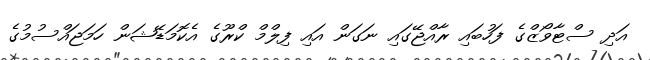
އަދި ސްޓާވޯޒްގެ ފަހުބައި ރާއްޖޭގައި ނަގަން އައި ފިލްމް ކްރޫގެ އެކޮމަޑޭޝަން ހަމަޖައްސުމުގެ